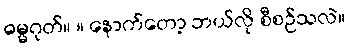
ဓမ္မဂုတ်။ ။ နောက်တော့ ဘယ်လို စီစဉ်သလဲ။